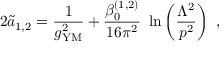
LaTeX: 2 { \widetilde a } _ { 1 , 2 } = { \frac { 1 } { g _ { \mathrm { { \small Y M } } } ^ { 2 } } } + { \frac { \beta _ { 0 } ^ { ( 1 , 2 ) } } { 1 6 \pi ^ { 2 } } } ~ \ln \left( { \frac { \Lambda ^ { 2 } } { p ^ { 2 } } } \right) ~ ,